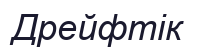
Дрейфтік